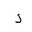
Letter: _thal